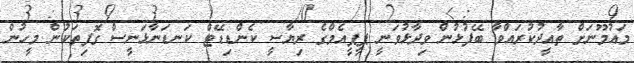
މައުމޫނަށް ތާއީދުކުރައްވާ ބޭފުޅުން ވިދާޅުވަނީ ޕީޕީއެމްގެ ރިޔާސީ ކެންޑިޑޭޓް ކަނޑަނާޅަނީސް ގޮފިތަކުން މީހުން